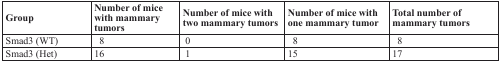
| Group | Number of mice with mammary tumors | Number of mice with two mammary tumors | Number of mice with one mammary tumor | Total number of mammary tumors |
 | --- | --- | --- | --- | --- |
 | Smad3 (WT) | 8 | 0 | 8 | 8 |
 | Smad3 (Het) | 16 | 1 | 15 | 17 |